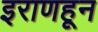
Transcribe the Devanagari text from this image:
इराणहून